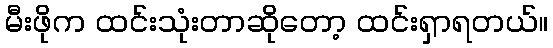
မီးဖိုက ထင်းသုံးတာဆိုတော့ ထင်းရှာရတယ်။